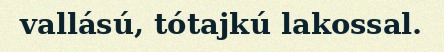
vallású, tótajkú lakossal.